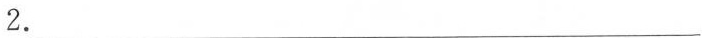
2.___